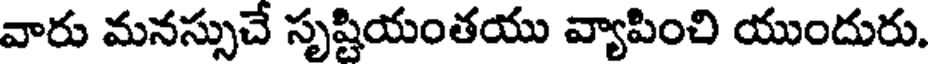
వారు మనస్సుచే సృష్టియంతయు వ్యాపించి యుందురు.